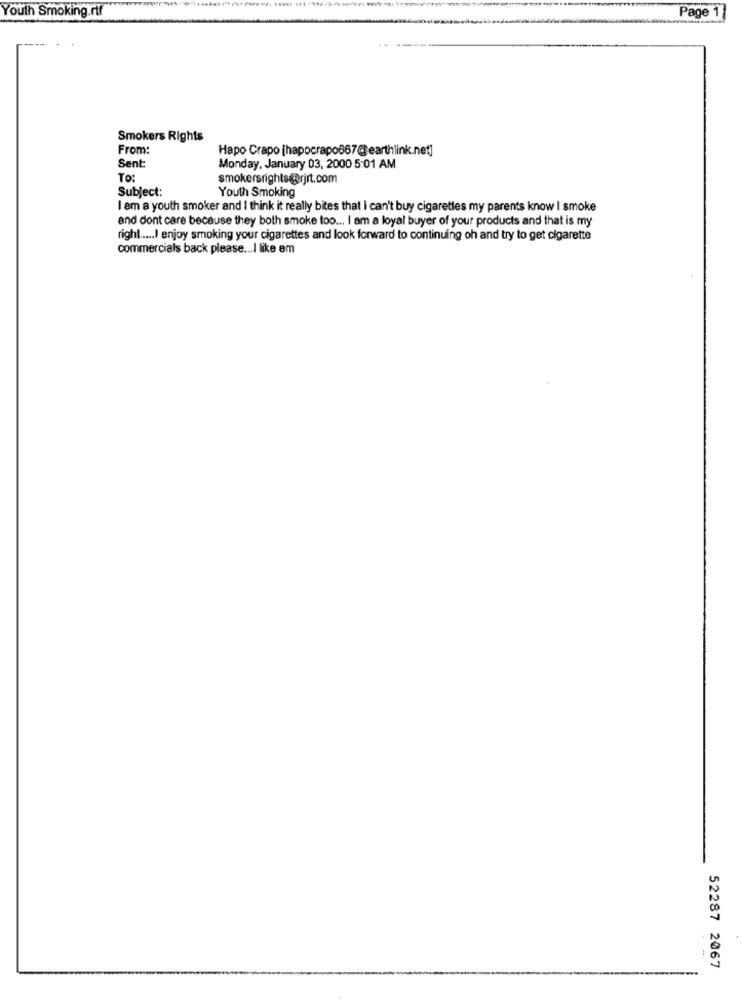
Youth Smoking.rtf
Page 17
Smokers Rights
From:
Hapo Crapo [hapocrapo667earthlink.net]
Sent:
Monday, January 03, 2000 5:01 AM
TO:
smokersrights@rjrt.com
Subject:
Youth Smoking
I am a youth smoker and I think it really bites that I can't buy cigarettes my parents know I smoke
and dont care because they both smoke too ... I am a loyal buyer of your products and that is my
right ..... I enjoy smoking your cigarettes and look forward to continuing oh and try to get cigarette
commercials back please ... I like em
52287 2067